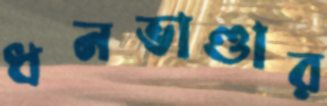
ধনভাণ্ডার